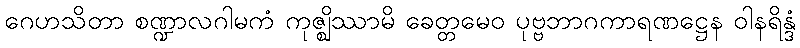
ဂေဟသိတာ စဏ္ဍာလဂါမကံ ကုဇ္ဈိဿာမိ ခေတ္တမေဝ ပုဗ္ဗဘာဂကာရဏဋ္ဌေန ဝါနရိန္ဒံ